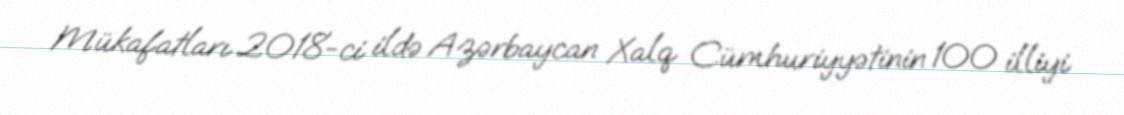
Mükafatları 2018-ci ildə Azərbaycan Xalq Cümhuriyyətinin 100 illiyi